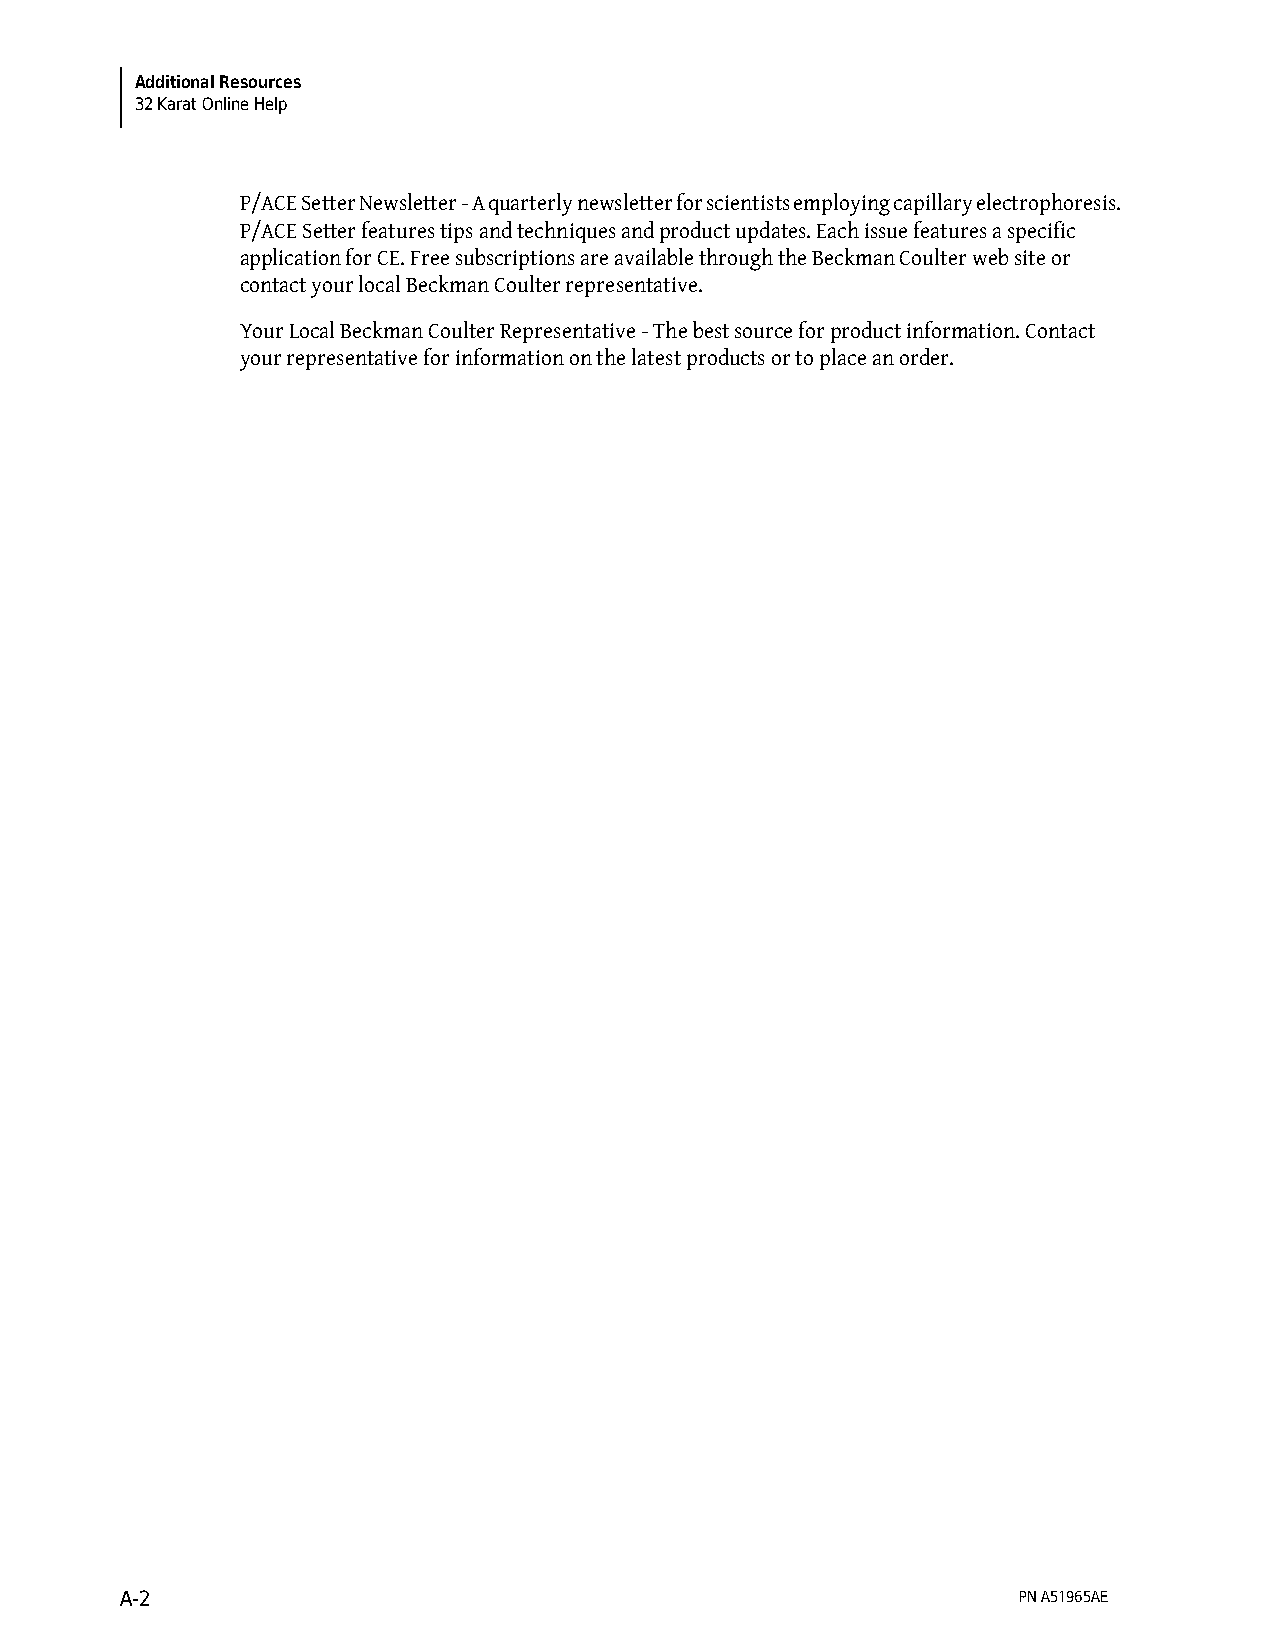
Additional Resources
 32 Karat Online Help
 P/ACE Setter Newsletter - A quarterly newsletter for scientists employing capillary electrophoresis.
 P/ACE Setter features tips and techniques and product updates. Each issue features a specific
 application for CE. Free subscriptions are available through the Beckman Coulter web site or
 contact your local Beckman Coulter representative.
 Your Local Beckman Coulter Representative - The best source for product information. Contact
 your representative for information on the latest products or to place an order.
 A-2                                                        PN A51965AE